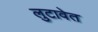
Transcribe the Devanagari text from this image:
लुटावेत